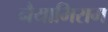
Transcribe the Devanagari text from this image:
नैयाभिराम